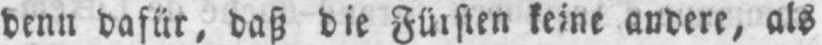
denn dafür, daß die Fürsten keine andere, als